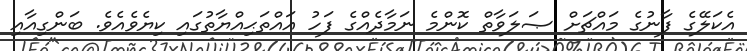
އެކަލޭގެ ފާނުގެ މައްޗަށް ޞަލަވާތް ކޮންމެ ނަމާދެއްގެ ފަހު އައްތަޙިއްޔާތުގައި ކިޔެވެއެވެ. ބަންގިއާއި